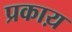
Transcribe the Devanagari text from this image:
प्रकाय़